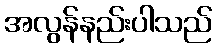
အလွန်နည်းပါသည်